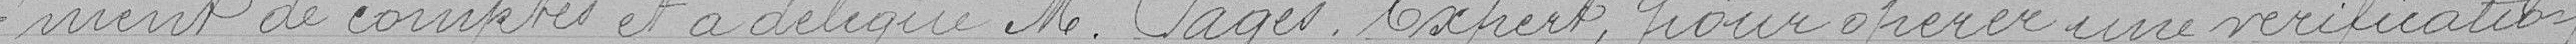
=ment de comptes et a délégué M. Pagès. Expert, pour opérer une vérification